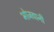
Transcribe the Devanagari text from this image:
भोजवानी